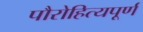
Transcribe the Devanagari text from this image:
पौरोहित्यपूर्ण